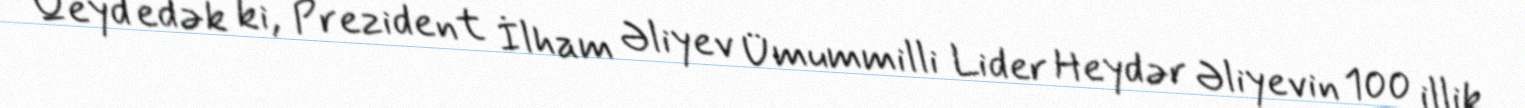
Qeyd edək ki, Prezident İlham Əliyev Ümummilli Lider Heydər Əliyevin 100 illik